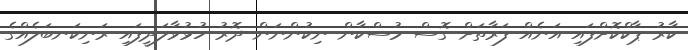
ކާރު ޕާކްކޮށްފައި އަނެއް ފަރާތަށް ގޮސް މުސްކާން ނިކުންނަން ދޮރު ހުޅުވާލަދީފައި ރަނިކަނބަލެއްގެ